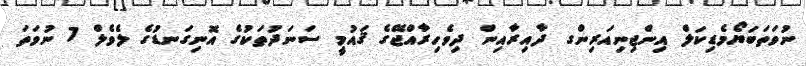
ނުވަތަބަޔޯމެޑިކަލް އިންޖިނިއަރިންގ ދާއިރާއިން ދިވެހިރާއްޖޭގެ ޤައުމީ ސަނަދުތަކުގެ އޮނިގަނޑުގެ ލެވެލް 7 ނުވަތަ